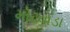
મોઢવાડા